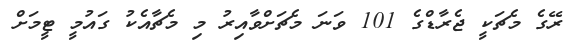
ރޭގެ މެޗަކީ ޖެރާޑްގެ 101 ވަނަ މެޗަށްވާއިރު މި މެޗާއެކު ގައުމީ ޓީމަށް